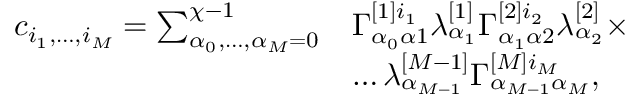
\begin{array} { r l } { c _ { i _ { 1 } , \dots , i _ { M } } = \sum _ { \alpha _ { 0 } , \dots , \alpha _ { M } = 0 } ^ { \chi - 1 } } & { \Gamma _ { \alpha _ { 0 } \alpha 1 } ^ { [ 1 ] i _ { 1 } } \lambda _ { \alpha _ { 1 } } ^ { [ 1 ] } \Gamma _ { \alpha _ { 1 } \alpha 2 } ^ { [ 2 ] i _ { 2 } } \lambda _ { \alpha _ { 2 } } ^ { [ 2 ] } \times } \\ & { \dots \lambda _ { \alpha _ { M - 1 } } ^ { [ M - 1 ] } \Gamma _ { \alpha _ { M - 1 } \alpha _ { M } } ^ { [ M ] i _ { M } } , } \end{array}